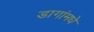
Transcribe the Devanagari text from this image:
डागांमधे